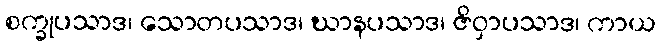
စက္ခုပသာဒ၊ သောတပသာဒ၊ ဃာနပသာဒ၊ ဇိဝှာပသာဒ၊ ကာယ